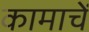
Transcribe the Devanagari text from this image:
कामाचें